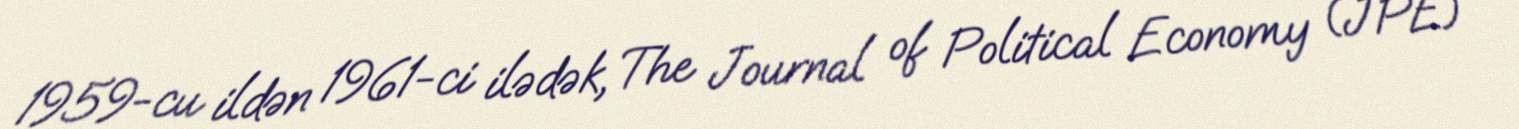
1959-cu ildən 1961-ci ilədək, The Journal of Political Economy (JPE)